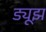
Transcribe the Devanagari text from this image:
ड्यूझ